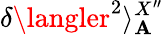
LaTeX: \delta\langler^{2}\rangle_{\mathbf{A}}^{X^{\prime\prime}}